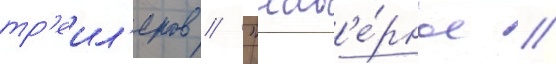
тр'еил'еров // "нав'е́рное /